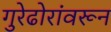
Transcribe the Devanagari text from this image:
गुरेढोरांवरून